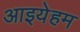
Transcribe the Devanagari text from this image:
आइयेहम